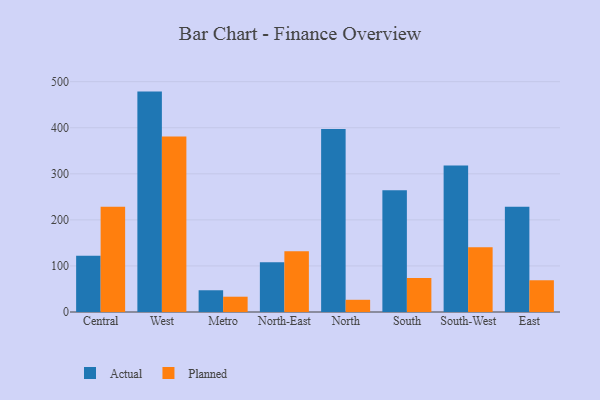
{"axis": {"x": "Region", "y": "Demand Index"}, "legend": ["Actual", "Planned"], "data": [{"x": "Central", "y": 122.0, "type": "Actual"}, {"x": "Central", "y": 228.4, "type": "Planned"}, {"x": "West", "y": 478.5, "type": "Actual"}, {"x": "West", "y": 380.9, "type": "Planned"}, {"x": "Metro", "y": 47.2, "type": "Actual"}, {"x": "Metro", "y": 33.2, "type": "Planned"}, {"x": "North-East", "y": 108.0, "type": "Actual"}, {"x": "North-East", "y": 132.0, "type": "Planned"}, {"x": "North", "y": 397.2, "type": "Actual"}, {"x": "North", "y": 26.5, "type": "Planned"}, {"x": "South", "y": 264.5, "type": "Actual"}, {"x": "South", "y": 73.8, "type": "Planned"}, {"x": "South-West", "y": 318.0, "type": "Actual"}, {"x": "South-West", "y": 140.4, "type": "Planned"}, {"x": "East", "y": 228.6, "type": "Actual"}, {"x": "East", "y": 68.9, "type": "Planned"}]}